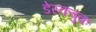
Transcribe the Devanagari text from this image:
डेस्कबुक